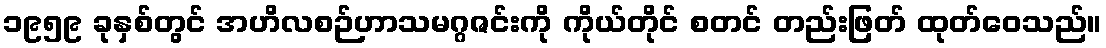
၁၉၅၉ ခုနှစ်တွင် အဟိလစဉ်ဟာသမဂ္ဂဇင်းကို ကိုယ်တိုင် စတင် တည်းဖြတ် ထုတ်ဝေသည်။